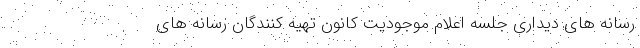
رسانه های دیداری جلسه اعلام موجودیت کانون تهیه کنندگان رسانه های